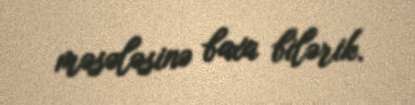
məsələsinə baxa bilərik.